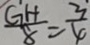
\frac { G H } { 8 } = \frac { 3 } { 4 }